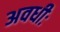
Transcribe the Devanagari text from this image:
अवधीः